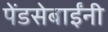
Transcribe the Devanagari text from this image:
पेंडसेबाईंनी